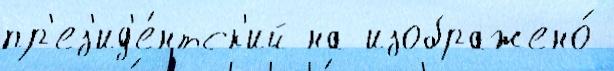
пр'ез'ид'е́нтск'ий на изображено́